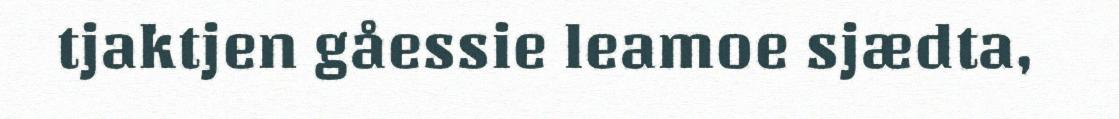
tjaktjen gåessie leamoe sjædta,